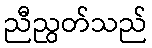
ညီညွတ်သည်